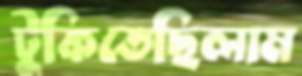
টুকিতেছিলাম